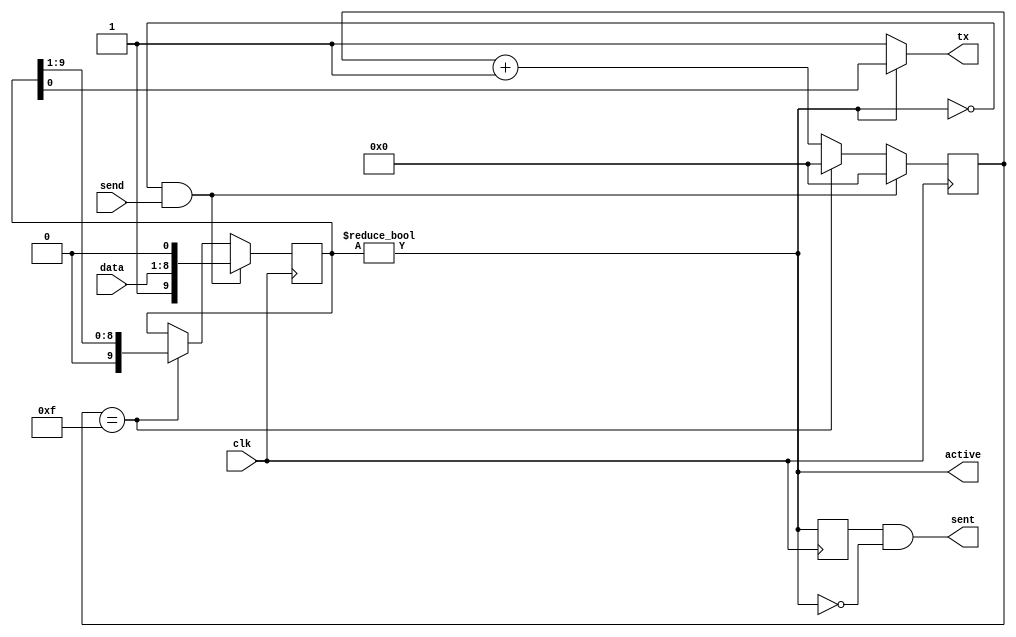
module uart_tx (
	input wire clk,
	input wire [WIDTH-1:0] data,
	input wire send,
	output wire sent,
	output wire tx,
	output wire active
);
	// number of bits per transaction
	parameter WIDTH = 8;
	// prescaler, baud_rate = freq(clk) / CLKDIV
	parameter CLKDIV = 16;

	// data buffer
	// [(stop bit/sentinel), (data[WIDTH]), (start bit)]
	reg [WIDTH + 1:0] buffer = 0;

	// active signal
	// buffer is only zero when stop bit was shifted out of the buffer
	assign active = buffer != 0;
	// active signal of last clock cycle, used to create "sent" flag
	reg active_internal = 0;

	// prescale counter
	reg [$clog2(CLKDIV) - 1:0] counter = 0;

	// tx line, lsb of buffer contains state
	assign tx = (active) ? buffer[0] : 1'b1;
	assign sent = active_internal & ~active;

	// for debugging
	reg [WIDTH - 1:0] sending = 0;


	always @(posedge clk) begin
		counter <= counter + 1;

		if (counter == (CLKDIV - 1)) begin
			counter <= 0;
			buffer <= buffer >> 1;
		end

		if(!active && send) begin
			buffer <= {1'b1, data, 1'b0};
			sending <= data;
			counter <= 0;
		end

		active_internal <= active;
	end

endmodule